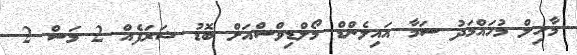
މާހިލް މުހައްމަދު ސަމާ އައިލެންޑް މޯލްޑިވްސްއަށް ބޮޑު ޝަރަފެއް 2 މަސް 2